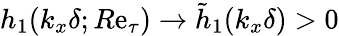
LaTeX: h_{1}(k_{x}\delta;R\mathrm{e}_{\tau})\rightarrow\tilde{{h}}_{1}(k_{x}\delta)>0